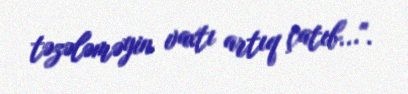
təzələməyin vaxtı artıq çatıb...".